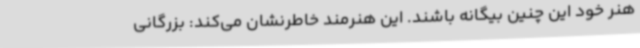
هنر خود این چنین بیگانه باشند. این هنرمند خاطرنشان می‌کند: بزرگانی